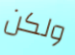
ولكن